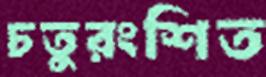
চতুরংশিত